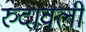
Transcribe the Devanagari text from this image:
रुदावली